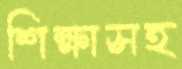
শিক্ষাসহ